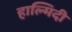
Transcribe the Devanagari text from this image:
हाल्मिदी